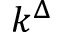
k ^ { \Delta }